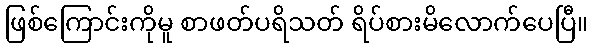
ဖြစ်ကြောင်းကိုမူ စာဖတ်ပရိသတ် ရိပ်စားမိလောက်ပေပြီ။